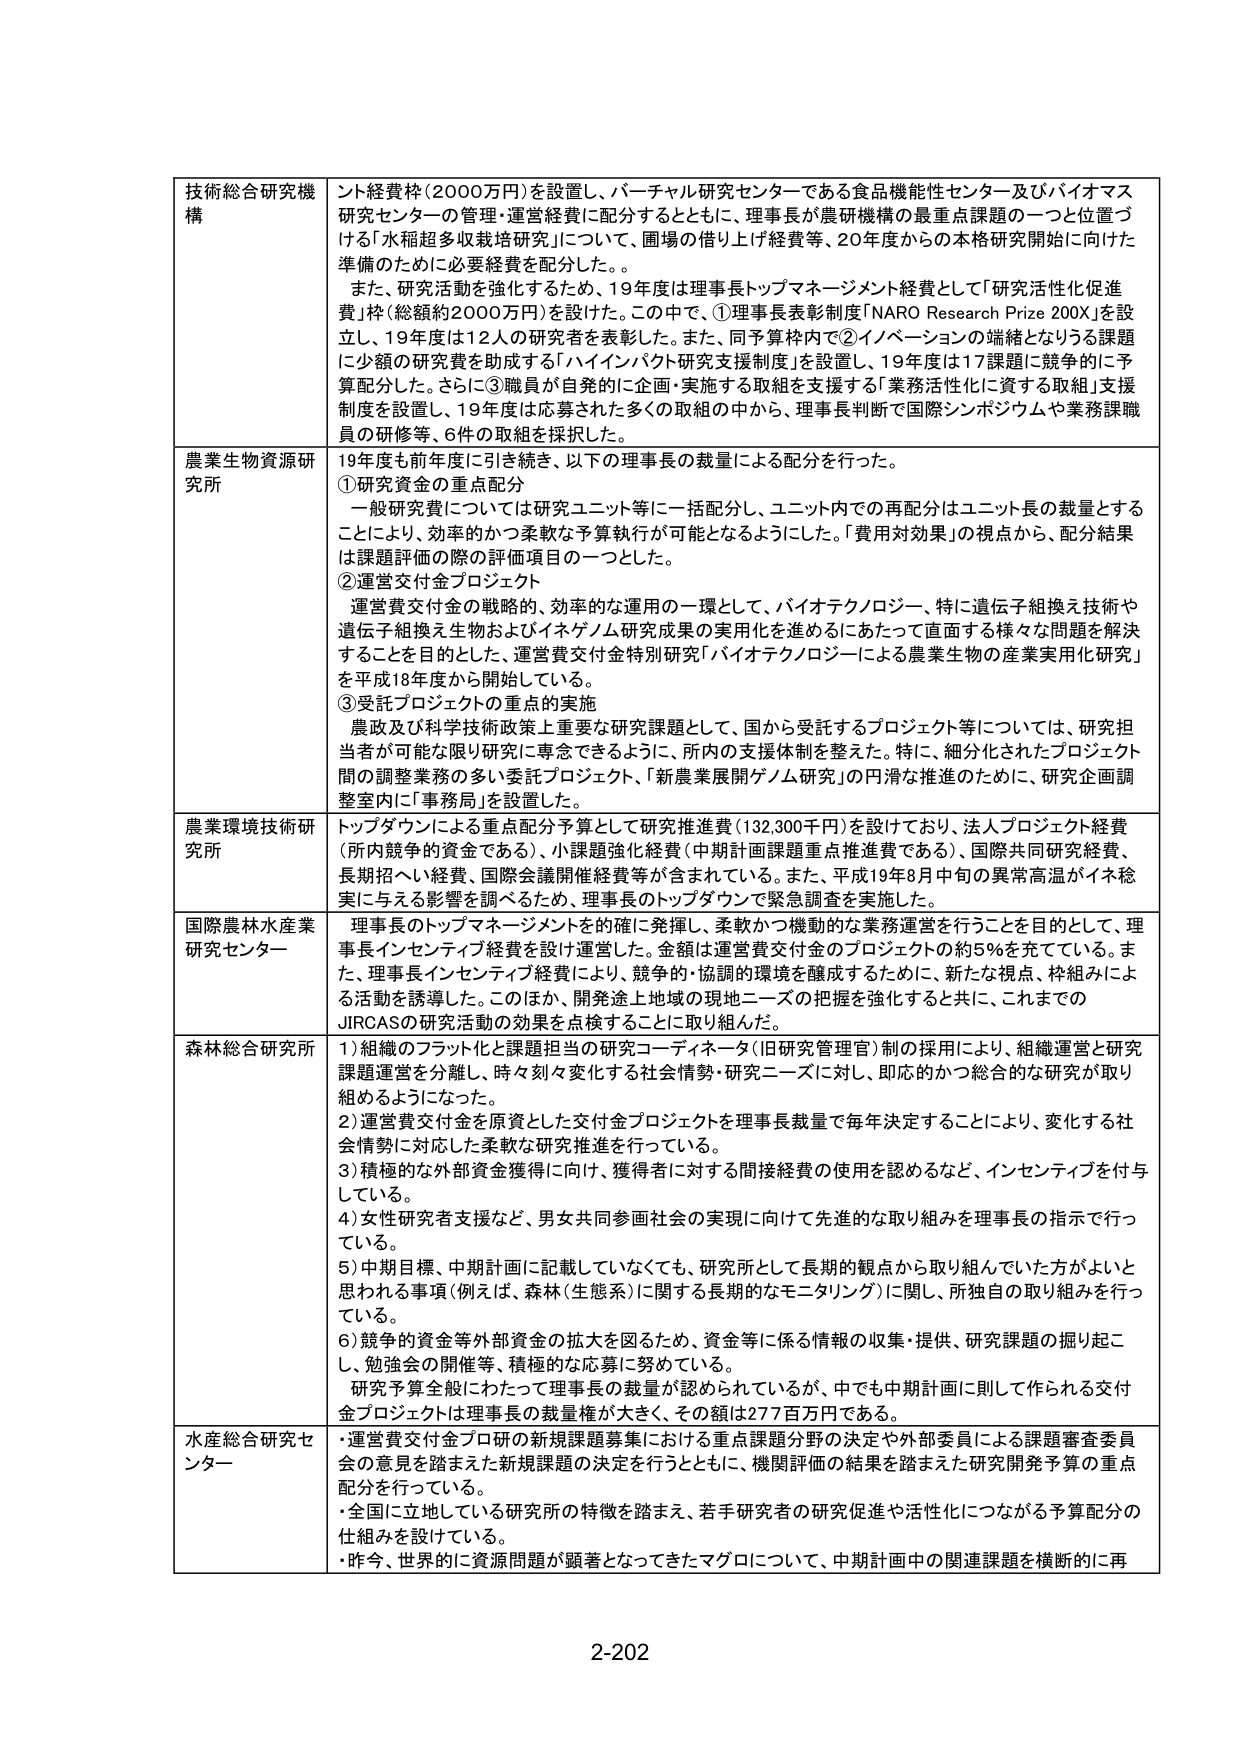
技術総合研究機構　　ント経費枠（2000万円）を設置し、バーチャル研究センターである食品機能性センター及びバイオマス研究センターの管理・運営経費に配分するとともに、理事長が農研機構の最重点課題の一つと位置づける「水稲超多収栽培研究」について、圃場の借り上げ経費等、20年度からの本格研究開始に向けた準備のために必要経費を配分した。。
また、研究活動を強化するため、19年度は理事長トップマネージメント経費として「研究活性化促進費」枠（総額約2000万円）を設けた。この中で、①理事長表彰制度「NARO Research Prize 200X」を設立し、19年度は12人の研究者を表彰した。また、同予算枠内で②イノベーションの端緒となりうる課題に少額の研究費を助成する「ハイインパクト研究支援制度」を設置し、19年度は17課題に競争的に予算配分した。さらに③職員が自発的に企画・実施する取組を支援する「業務活性化に資する取組」支援制度を設置し、19年度は応募された多くの取組の中から、理事長判断で国際シンポジウムや業務課職員の研修等、6件の取組を採択した。

農業生物資源研究所　　19年度も前年度に引き続き、以下の理事長の裁量による配分を行った。
①研究資金の重点配分
一般研究費については研究ユニット等に一括配分し、ユニット内での再配分はユニット長の裁量とすることにより、効率的かつ柔軟な予算執行が可能となるようにした。「費用対効果」の視点から、配分結果は課題評価の際の評価項目の一つとした。
②運営交付金プロジェクト
運営費交付金の戦略的、効率的な運用の一環として、バイオテクノロジー、特に遺伝子組換え技術や遺伝子組換え生物およびイネゲノム研究成果の実用化を進めるにあたって直面する様々な問題を解決することを目的とした、運営費交付金特別研究「バイオテクノロジーによる農業生物の産業実用化研究」を平成18年度から開始している。
③受託プロジェクトの重点的実施
農政及び科学技術政策上重要な研究課題として、国から受託するプロジェクト等については、研究担当者が可能な限り研究に専念できるように、所内の支援体制を整えた。特に、細分化されたプロジェクト間の調整業務の多い委託プロジェクト、「新農業展開ゲノム研究」の円滑な推進のために、研究企画調整室内に「事務局」を設置した。

農業環境技術研究所　　トップダウンによる重点配分予算として研究推進費（132,300千円）を設けており、法人プロジェクト経費（所内競争的資金である）、小課題強化経費（中期計画課題重点推進費である）、国際共同研究経費、長期招へい経費、国際会議開催経費等が含まれている。また、平成19年8月中旬の異常高温がイネ稔実に与える影響を調べるため、理事長のトップダウンで緊急調査を実施した。

国際農林水産業研究センター　　理事長のトップマネージメントを確に発揮し、柔軟かつ機動的な業務運営を行うことを目的として、理事長インセンティブ経費を設け運営した。金額は運営費交付金のプロジェクトの約5％を充てている。また、理事長インセンティブ経費により、競争的・協調的環境を醸成するために、新たな視点、枠組みによる活動を誘導した。このほか、開発途上地域の現地ニーズの把握を強化すると共に、これまでのJIRCASの研究活動の効果を点検することに取り組んだ。

森林総合研究所　　1）組織のフラット化と課題担当の研究コーディネータ（旧研究管理官）制の採用により、組織運営と研究課題運営を分離し、時々刻々変化する社会情勢・研究ニーズに対し、即応的かつ総合的な研究が取り組めるようになった。
2）運営費交付金を原資とした交付金プロジェクトを理事長裁量で毎年決定することにより、変化する社会情勢に対応した柔軟な研究推進を行っている。
3）積極的な外部資金獲得に向け、獲得者に対する間接経費の使用を認めるなど、インセンティブを付与している。
4）女性研究者支援など、男女共同参画社会の実現に向けて先進的な取り組みを理事長の指示で行っている。
5）中期目標、中期計画に記載していなくても、研究所として長期的観点から取り組んでいた方がよいと思われる事項（例えば、森林（生態系）に関する長期的なモニタリング）に関し、所独自の取り組みを行っている。
6）競争的資金等外部資金の拡大を図るため、資金等に係る情報の収集・提供、研究課題の掘り起こし、勉強会の開催等、積極的な応募に努めている。
研究予算全般にわたって理事長の裁量が認められているが、中でも中期計画に則して作られる交付金プロジェクトは理事長の裁量権が大きく、その額は277百万円である。

水産総合研究センター　　・運営費交付金プロ研の新規課題募集における重点課題分野の決定や外部委員による課題審査委員会の意見を踏まえた新規課題の決定を行うとともに、機関評価の結果を踏まえた研究開発予算の重点配分を行っている。
・全国に立地している研究所の特徴を踏まえ、若手研究者の研究促進や活性化につながる予算配分の仕組みを設けている。
・昨今、世界的に資源問題が顕著となってきたマグロについて、中期計画中の関連課題を横断的に再

2-202